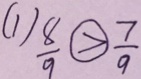
( 1 ) \frac { 8 } { 9 } \textcircled { > } \frac { 7 } { 9 }